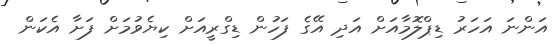
އަންނަ އަހަރު ޑިޕްލޮމާއަށް އަދި އޭގެ ފަހުން ޑިގްރީއަށް ކިޔެވުމަށް ފަށާ އެކަން